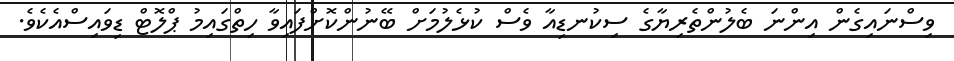
ވިސްނައިގެން އިންނަ ބެލުންތެރިޔާގެ ސިކުނޑިއާ ވެސް ކުޅެލުމަށް ބޭނުންކޮށްފައިވާ ހިތްގައިމު ޕްލޮޓް ޑިވައިސްއެކެވެ.